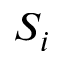
S _ { i }